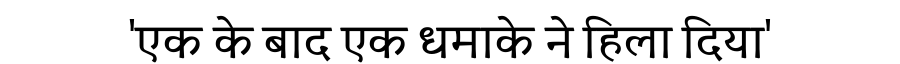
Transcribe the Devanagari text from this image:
'एक के बाद एक धमाके ने हिला दिया'